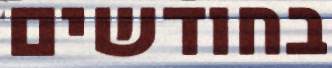
בחודשים